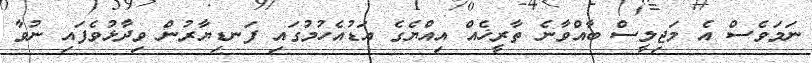
ނަމަވެސް އެ މަޖިލީސް ބާއްވާނެ ތާރީޚެއް އިއްޔެގެ އަޑުއެހުމުގައި ފަނޑިޔާރުން ވިދާޅުވެފައި ނުވާ